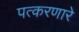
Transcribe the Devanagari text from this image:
पत्करणारे